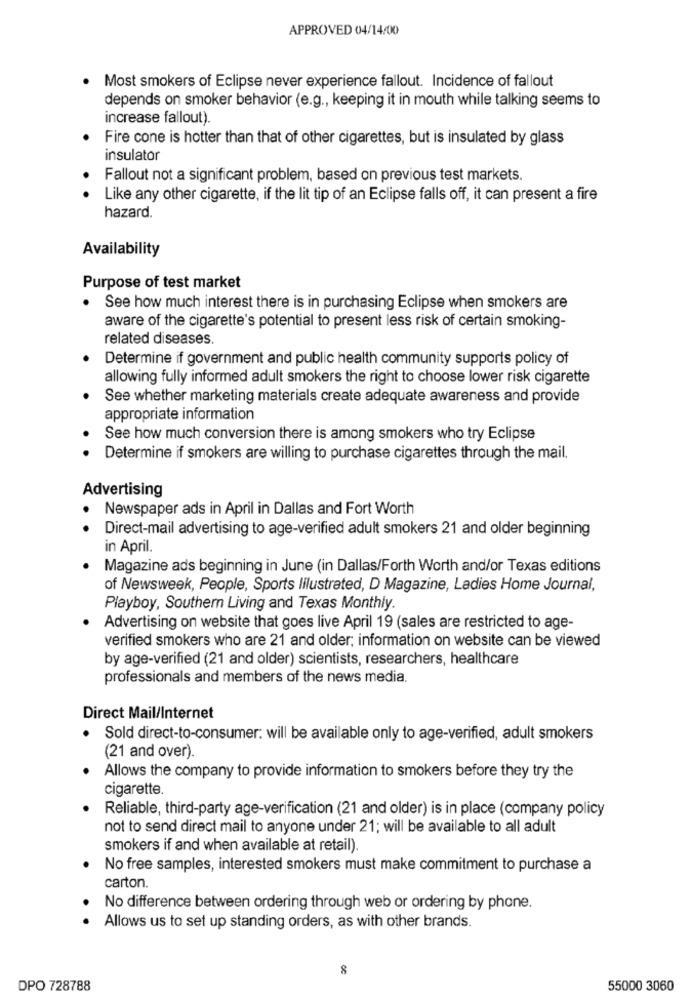
APPROVED 04/14/00
· Most smokers of Eclipse never experience fallout. Incidence of fallout
depends on smoker behavior (e.g ., keeping it in mouth while talking seems to
increase fallout).
. Fire cone is hotter than that of other cigarettes, but is insulated by glass
insulator
Fallout not a significant problem, based on previous test markets.
Like any other cigarette, if the lit tip of an Eclipse falls off, it can present a fire
hazard.
Availability
Purpose of test market
See how much interest there is in purchasing Eclipse when smokers are
aware of the cigarette's potential to present less risk of certain smoking-
related diseases.
Determine if government and public health community supports policy of
allowing fully informed adult smokers the right to choose lower risk cigarette
See whether marketing materials create adequate awareness and provide
appropriate information
See how much conversion there is among smokers who try Eclipse
Determine if smokers are willing to purchase cigarettes through the mail.
Advertising
Newspaper ads in April in Dallas and Fort Worth
Direct-mail advertising to age-verified adult smokers 21 and older beginning
in April.
Magazine ads beginning in June (in Dallas/Forth Worth and/or Texas editions
of Newsweek, People, Sports Illustrated, D Magazine, Ladies Home Journal,
Playboy, Southern Living and Texas Monthly.
Advertising on website that goes live April 19 (sales are restricted to age-
verified smokers who are 21 and older; information on website can be viewed
by age-verified (21 and older) scientists, researchers, healthcare
professionals and members of the news media.
Direct Mail/Internet
· Sold direct-to-consumer: will be available only to age-verified, adult smokers
(21 and over).
Allows the company to provide information to smokers before they try the
cigarette.
Reliable, third-party age-verification (21 and older) is in place (company policy
not to send direct mail to anyone under 21; will be available to all adult
smokers if and when available at retail).
No free samples, interested smokers must make commitment to purchase a
carton.
No difference between ordering through web or ordering by phone.
Allows us to set up standing orders, as with other brands.
8
DPO 728788
55000 3060